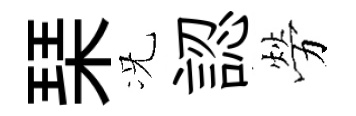
琹况認勞